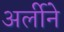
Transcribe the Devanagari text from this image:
अर्लीने